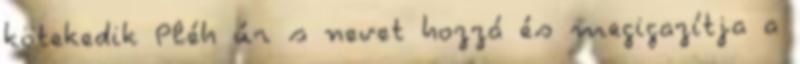
kötekedik Pléh úr s nevet hozzá és megigazítja a